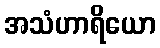
အသံဟာရိယော